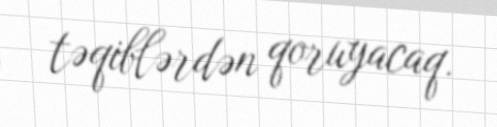
təqiblərdən qoruyacaq.